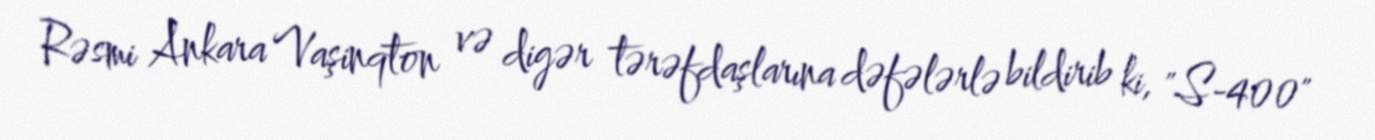
Rəsmi Ankara Vaşinqton və digər tərəfdaşlarına dəfələrlə bildirib ki, "S-400"